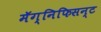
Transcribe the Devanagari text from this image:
मॅग्निफिसन्ट